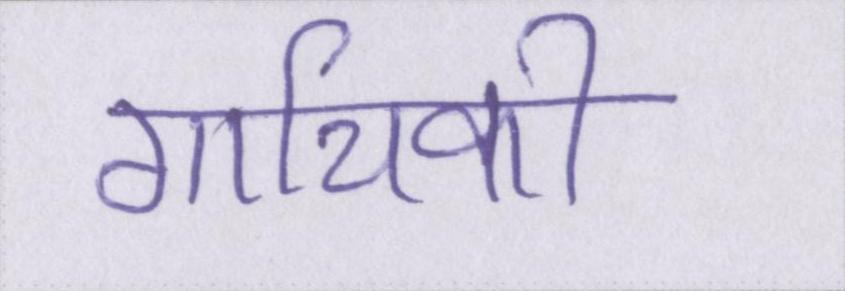
गायिकी